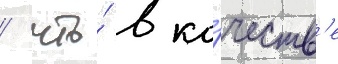
/ что́ в ка́честв'е